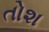
તોશ